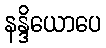
နန္ဒိယောပေ